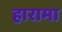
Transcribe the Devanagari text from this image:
हारामा